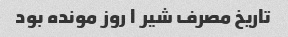
تاریخ مصرف شیر ۱ روز مونده بود